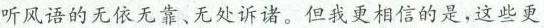
听风语的无依无靠、无处诉诸。但我更相信的是，这些更